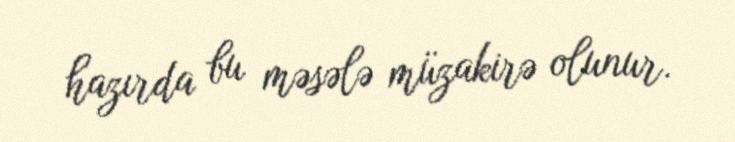
hazırda bu məsələ müzakirə olunur.